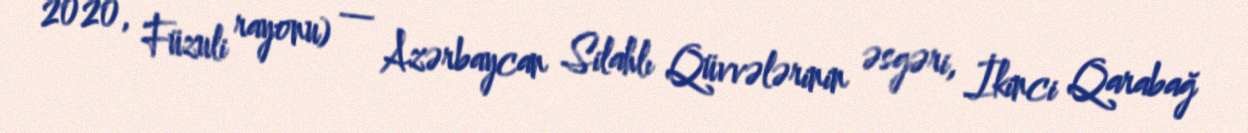
2020, Füzuli rayonu) — Azərbaycan Silahlı Qüvvələrinin əsgəri, İkinci Qarabağ